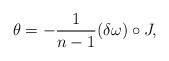
LaTeX: \begin{align*} \theta=-\frac{1}{n-1}(\delta\omega)\circ J, \end{align*}